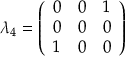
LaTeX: \lambda _ { 4 } = { \left( \begin{array} { l l l } { 0 } & { 0 } & { 1 } \\ { 0 } & { 0 } & { 0 } \\ { 1 } & { 0 } & { 0 } \end{array} \right) }